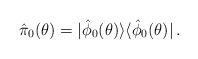
LaTeX: \begin{align*} \hat{\pi}_0(\theta)=|\hat{\phi}_0(\theta)\rangle\langle\hat{\phi}_0(\theta)|\,.\end{align*}